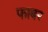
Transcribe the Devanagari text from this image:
फाबर